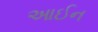
આઈન